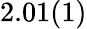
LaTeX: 2.01(1)